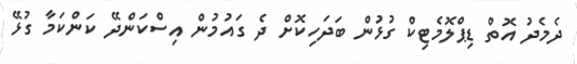
ދެމެދު އޮތް ޑިޕްލޮމެޓިކް ގުޅުން ބަދަހިކޮށް ދެ ގައުމުން އިސްކަންދޭ ކަންކަމާ ގުޅޭ